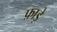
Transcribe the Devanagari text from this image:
फ़ाड़े